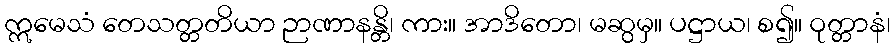
ဣမေသံ တေသတ္တတိယာ ဉာဏာနန္တိ၊ ကား။ အာဒိတော၊ မဆွမှ။ ပဋ္ဌာယ၊ စ၍။ ဝုတ္တာနံ၊